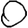
Digit: 0